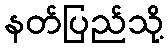
နတ်ပြည်သို့